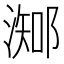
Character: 𣻩